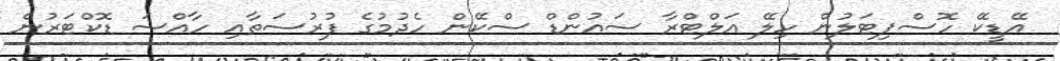
އޭޑީކޭ ހޮސްޕިޓަލުން ހިލޭ އަލްޓްރާ ސައުންޑް ސްކޭން ހެދުމުގެ ފުރުސަތާއި ހާއްސަ ޑޮކްޓަރުން